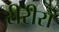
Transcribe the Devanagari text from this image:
रीरीरो